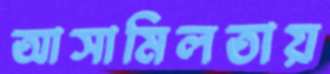
আসামিলতায়